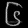
Digit: ၆